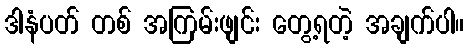
ဒါနံပတ် တစ် အကြမ်းဖျင်း တွေ့ရတဲ့ အချက်ပါ။